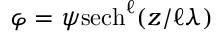
\varphi = { \psi } \mathrm { s e c h } ^ { \ell } ( z / \ell \lambda )